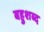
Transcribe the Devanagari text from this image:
बहुशब्द